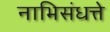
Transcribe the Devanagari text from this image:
नाभिसंधत्ते